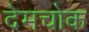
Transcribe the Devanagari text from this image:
देमचोक